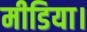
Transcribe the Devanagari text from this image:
मीडिया।